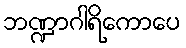
ဘဏ္ဍာဂါရိကောပေ